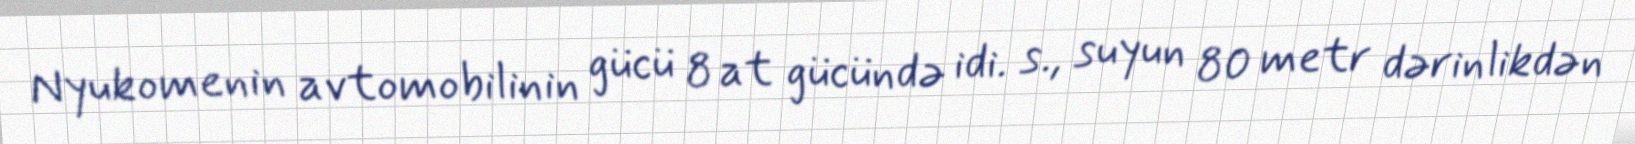
Nyukomenin avtomobilinin gücü 8 at gücündə idi. s., suyun 80 metr dərinlikdən